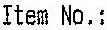
ITEM NO.: